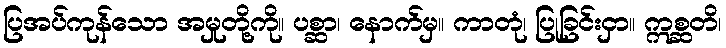
ပြအပ်ကုန်သော အမှုတို့ကို။ ပစ္ဆာ၊ နောက်မှ။ ကာတုံ၊ ပြုခြင်းငှာ။ ဣစ္ဆတိ၊